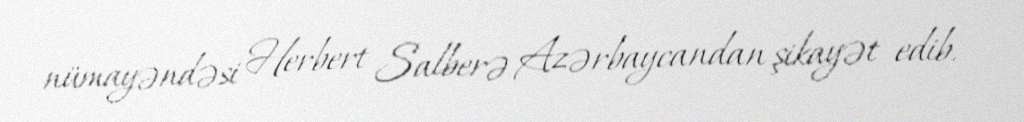
nümayəndəsi Herbert Salberə Azərbaycandan şikayət edib.